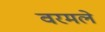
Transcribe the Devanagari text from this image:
वरमले